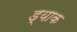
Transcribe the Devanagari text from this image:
ड्याक